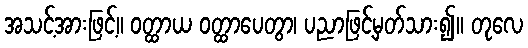
အသင့်အားဖြင့်။ ဝတ္ထာယ ဝတ္ထာပေတွာ၊ ပညာဖြင့်မှတ်သား၍။ တုလေ